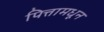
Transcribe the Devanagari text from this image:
पित्तामधून